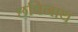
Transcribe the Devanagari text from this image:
छविनाथ